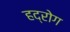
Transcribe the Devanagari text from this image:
हद्रोग